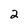
Character: 2